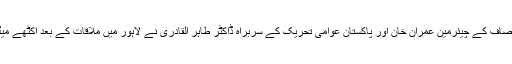
پاکستان تحریک انصاف کے چیئرمین عمران خان اور پاکستان عوامی تحریک کے سربراہ ڈاکٹر طاہر القادری نے لاہور میں ملاقات کے بعد اکٹھے میڈیا سے گفتگو کی۔